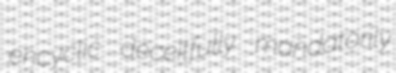
encyclic deceitfully mandatorily